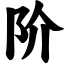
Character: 阶